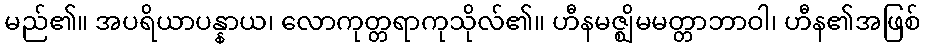
မည်၏။ အပရိယာပန္နာယ၊ လောကုတ္တရာကုသိုလ်၏။ ဟီနမဇ္ဈိမမတ္တာဘာဝါ၊ ဟီန၏အဖြစ်